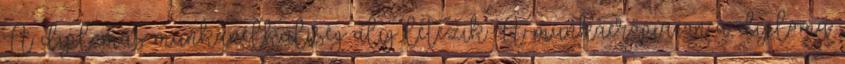
A diplomás munkanélküliség alig létezik A munkaerőpiacon a diploma